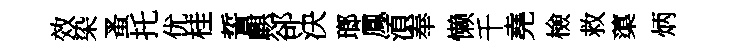
效染蚤托优桂誓麒郤決瑯鳳湏奉懒千堯檢救蕖炳